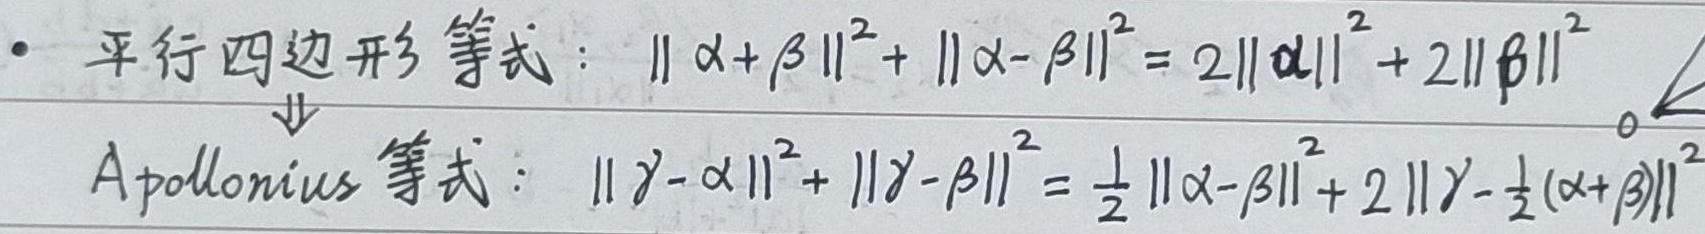
- 平行四边形等式：\(\lVert \alpha+\beta\rVert^{2}+\lVert \alpha - \beta\rVert^{2}=2\lVert\alpha\rVert^{2}+2\lVert\beta\rVert^{2}\)
\(\Downarrow\)
Apollonius等式：\(\lVert \gamma-\alpha\rVert^{2}+\lVert \gamma - \beta\rVert^{2}=\frac{1}{2}\lVert\alpha - \beta\rVert^{2}+2\left\lVert\gamma-\frac{1}{2}(\alpha + \beta)\right\rVert^{2}\)